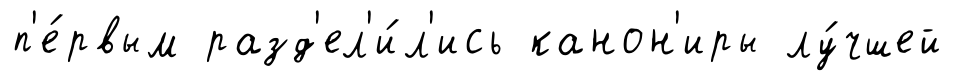
п'е́рвым разд'ел'и́л'ись канон'иры лу́чшей